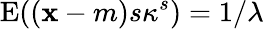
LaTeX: \operatorname{E}((\mathbf{x}-m)s\kappa^{s})=1/\lambda